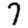
Digit: 7